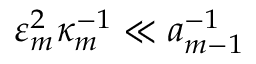
\varepsilon _ { m } ^ { 2 } \kappa _ { m } ^ { - 1 } \ll a _ { m - 1 } ^ { - 1 }